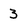
Character: 3